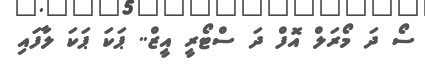
ސޯ ދަ މޯރަލް އޮފް ދަ ސްޓޯރީ އީޒް.. ޕަކަ ޕަކަ ލާފައި